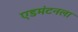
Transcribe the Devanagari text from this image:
एडमंटनला